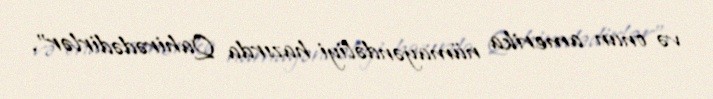
və onun amerika nümayəndəliyi hazırda Qahirədədirlər”.